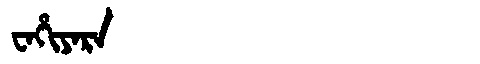
Manchu: ᠸᠠᡥᡳᠶᠠᡵᠠ
Romanization: WAHIYARA